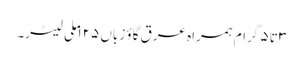
۳ تا ۵ گرام ہمراہ عرق گاؤ زباں ۱۲۵ ملی لیٹر۔